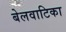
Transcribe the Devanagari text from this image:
बेलवाटिका